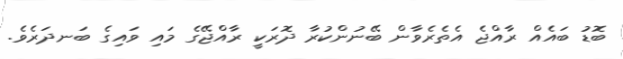
ބޮޑު ބައެއް ރާއްޖެ އެތެރެވާން ބޭނުންކުރާ ދޮރަކީ ރާއްޖޭގެ މައި ވައިގެ ބަނދަރެވެ.